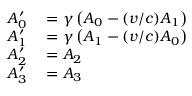
\begin{array} { r l } { A _ { 0 } ^ { \prime } } & { { } = \gamma \left( A _ { 0 } - ( v / c ) A _ { 1 } \right) } \\ { A _ { 1 } ^ { \prime } } & { { } = \gamma \left( A _ { 1 } - ( v / c ) A _ { 0 } \right) } \\ { A _ { 2 } ^ { \prime } } & { { } = A _ { 2 } } \\ { A _ { 3 } ^ { \prime } } & { { } = A _ { 3 } } \end{array}